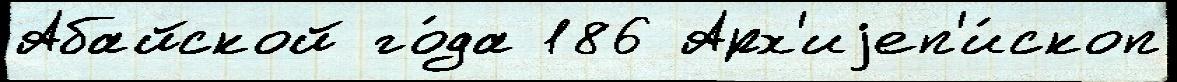
Абайской го́да 186 Арх'иjеп'и́скоп